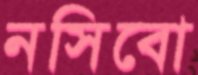
নসিবো